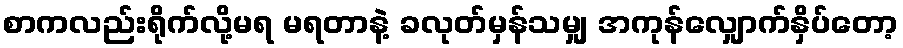
စာကလည်းရိုက်လို့မရ မရတာနဲ့ ခလုတ်မှန်သမျှ အကုန်လျှောက်နှိပ်တော့